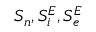
S _ { n } , S _ { i } ^ { E } , S _ { e } ^ { E }